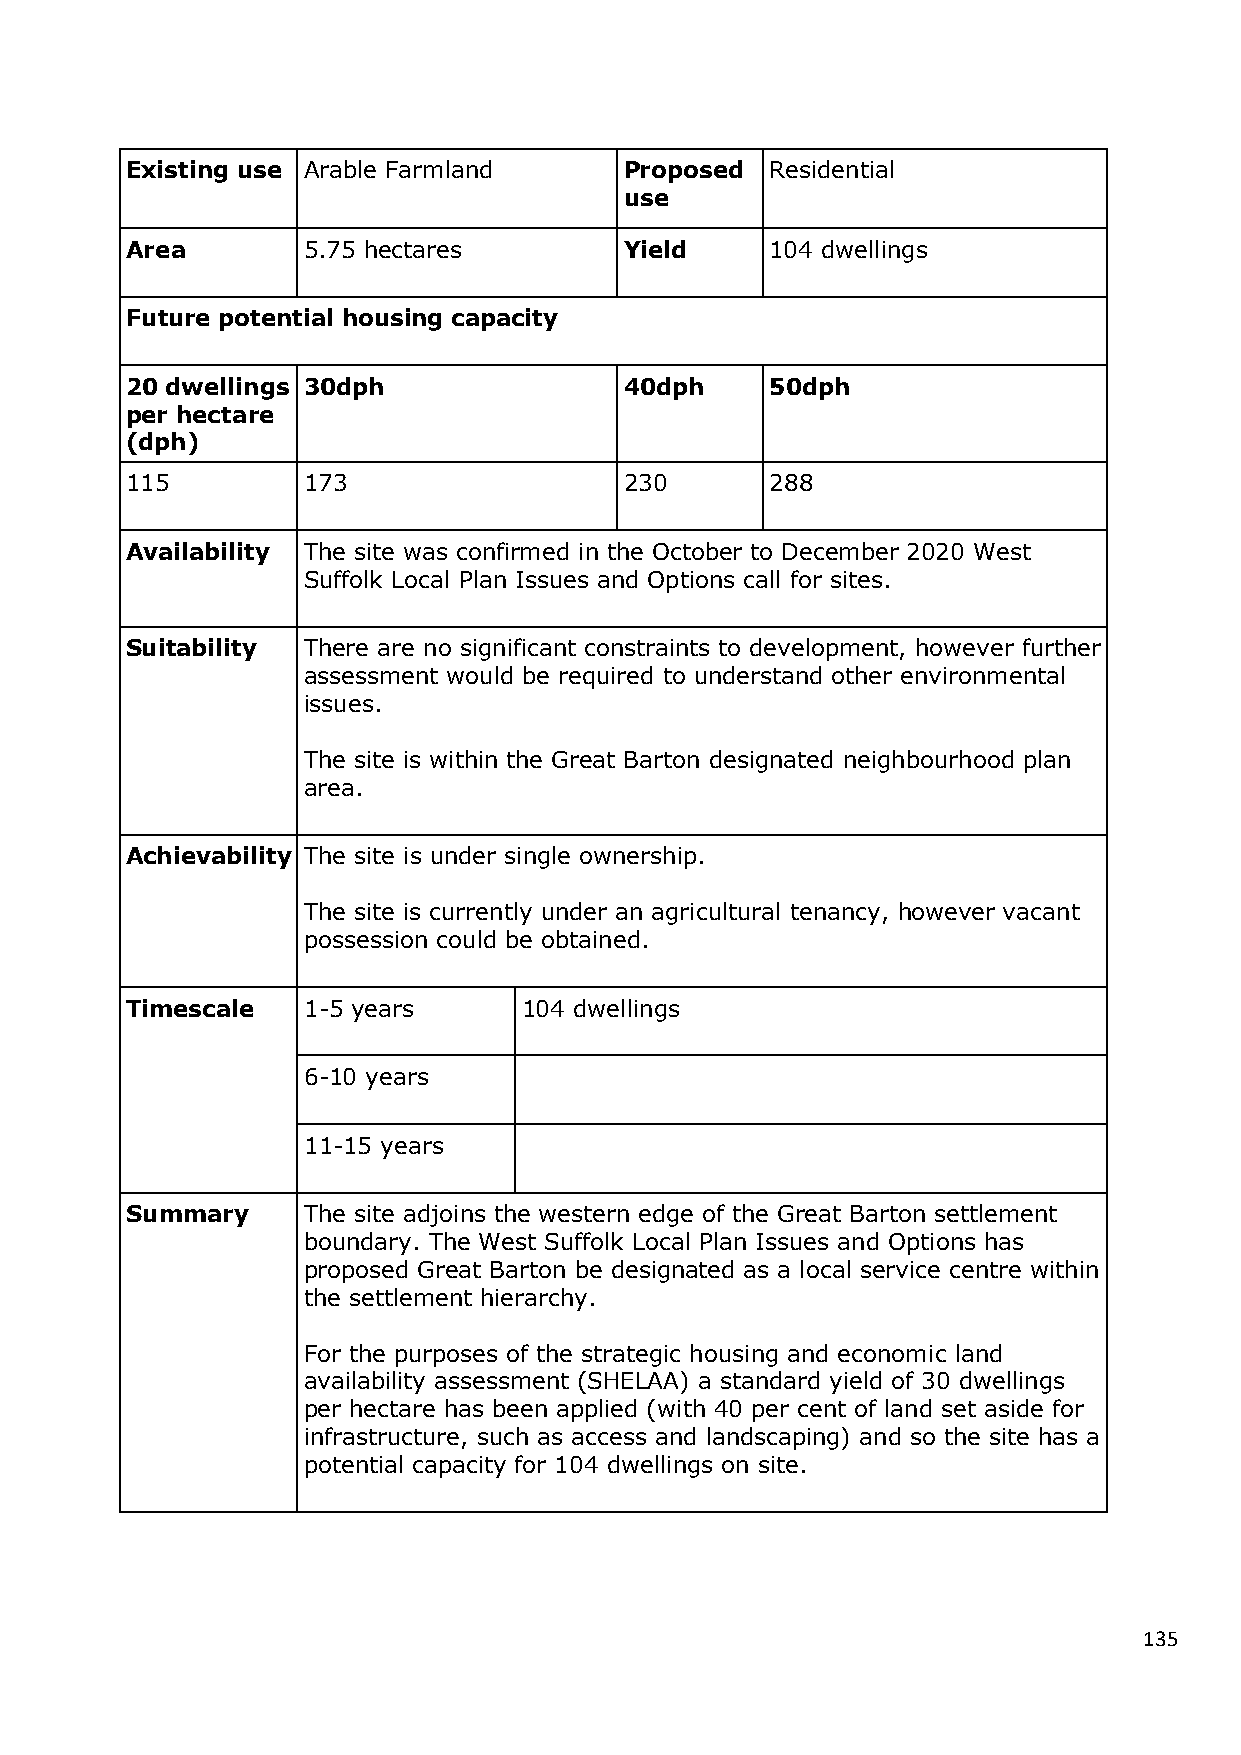
Existing use Arable Farmland     Proposed  Residential
 use
 Area        5.75 hectares        Yield     104 dwellings
 Future potential housing capacity
 20 dwellings 30dph               40dph     50dph
 per hectare
 (dph)
 115         173                  230       288
 Availability The site was confirmed in the October to December 2020 West
 Suffolk Local Plan Issues and Options call for sites.
 Suitability There are no significant constraints to development, however further
 assessment would be required to understand other environmental
 issues.
 The site is within the Great Barton designated neighbourhood plan
 area.
 Achievability The site is under single ownership.
 The site is currently under an agricultural tenancy, however vacant
 possession could be obtained.
 Timescale   1-5 years      104 dwellings
 6-10 years
 11-15 years
 Summary     The site adjoins the western edge of the Great Barton settlement
 boundary. The West Suffolk Local Plan Issues and Options has
 proposed Great Barton be designated as a local service centre within
 the settlement hierarchy.
 For the purposes of the strategic housing and economic land
 availability assessment (SHELAA) a standard yield of 30 dwellings
 per hectare has been applied (with 40 per cent of land set aside for
 infrastructure, such as access and landscaping) and so the site has a
 potential capacity for 104 dwellings on site.
 135